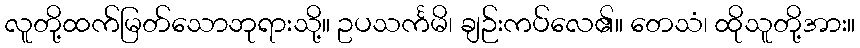
လူတို့ထက်မြတ်သောဘုရားသို့။ ဥပသင်္ကမိ၊ ချဉ်းကပ်လေ၏။ တေသံ၊ ထိုသူတို့အား။